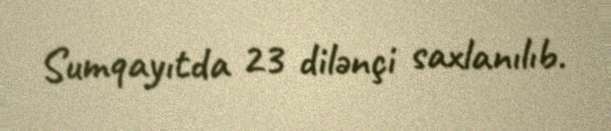
Sumqayıtda 23 dilənçi saxlanılıb.